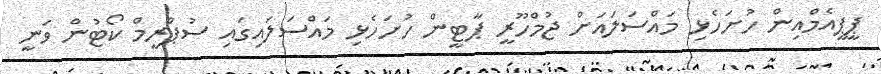
ޕީޕީއެމްއިން ހުށަހެޅި މައްސަލައަށް ޖުމްހޫރީ ޕާޓީން ހުށަހެޅި މައްސަލައިގައި ސުޕްރީމް ކޯޓުން ވަނީ